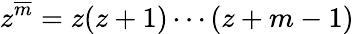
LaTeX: z^{\overline{{m}}}=z(z+1)\cdots(z+m-1)